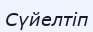
Сүйелтіп